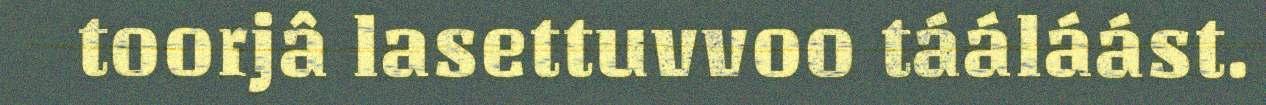
toorjâ lasettuvvoo tááláást.